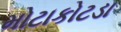
મોટાકોટડા